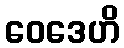
ဝေဒေဟိ